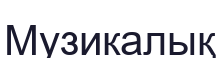
Музикалық